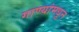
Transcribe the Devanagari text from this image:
गाण्यांमधून